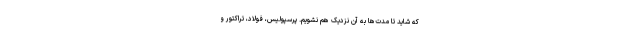
که شاید تا مدت‌ها به آن نزدیک هم نشویم. پرسپولیس، فولاد، تراکتور و